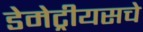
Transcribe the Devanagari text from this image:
डेमेट्रीयसचे